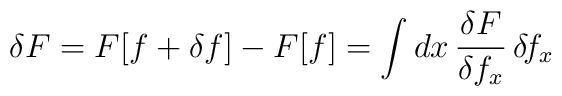
\delta F= F[f+\delta f] - F[f] = \int dx\, \frac{\delta F}{\delta f_x}\, \delta\!f_x